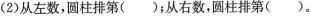
(2)从左数，圆柱排第()；从右数，圆柱排第()。